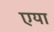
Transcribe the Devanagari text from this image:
एया